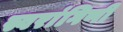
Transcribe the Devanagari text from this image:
स्वरांगिणी